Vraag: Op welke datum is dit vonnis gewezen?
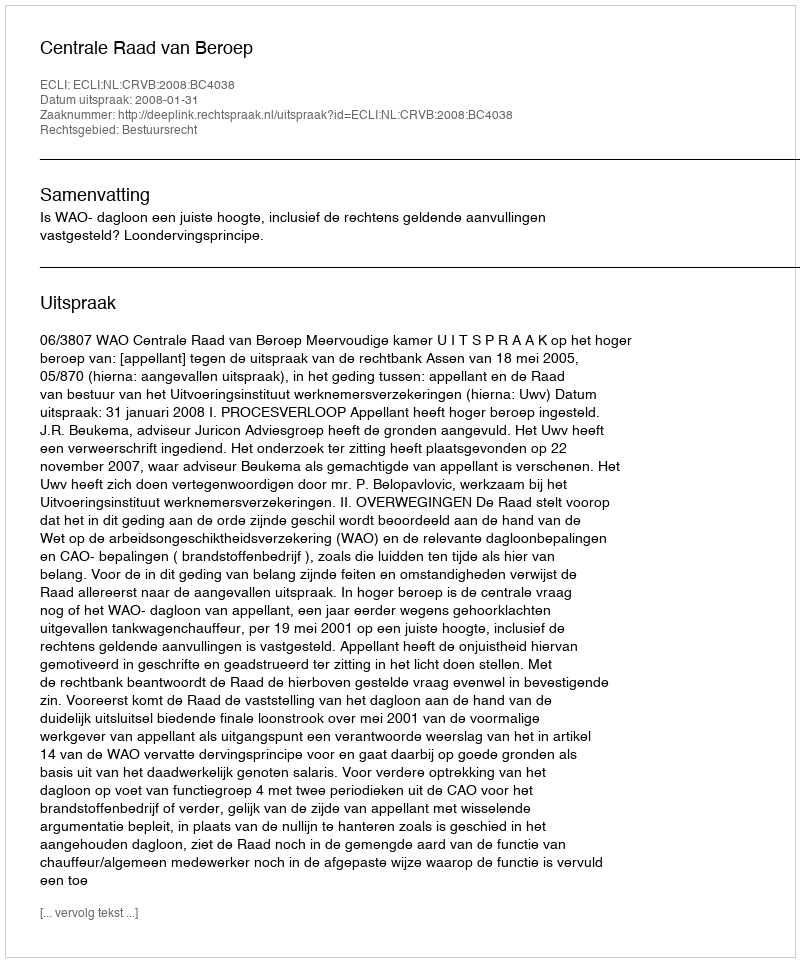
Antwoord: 2008-01-31